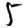
Digit: 5